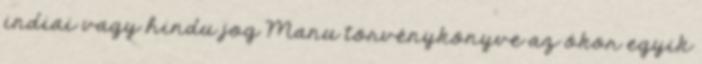
indiai vagy hindu jog Manu törvénykönyve az ókor egyik